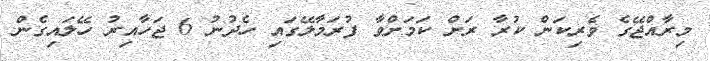
މިރާއްޖޭގެ ވެރިކަން ކުރާ ރަށް ކަމަށްވާ ފުރަމާލޭގައި ހެދުނު 6 ޖަހާއިރު ހޭލައިގެން